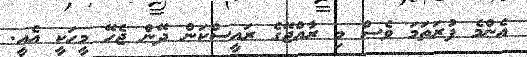
އެންމެ ފުރަތަމަ ވެސް މި ރާއްޖޭގެ ރައީސްކަން ދޭން ޖެހޭ މީހަކީ އެއީ.